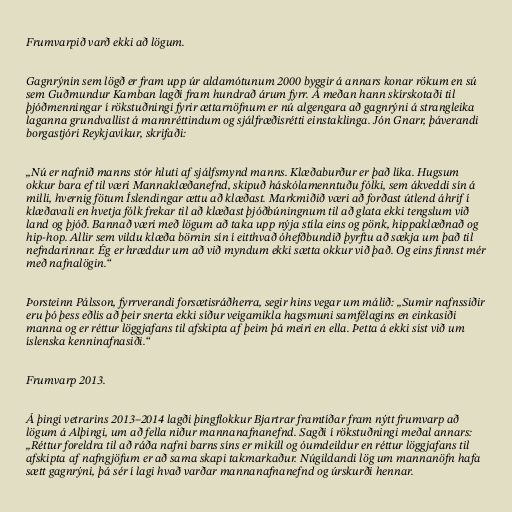
Frumvarpið varð ekki að lögum.

Gagnrýnin sem lögð er fram upp úr aldamótunum 2000 byggir á annars konar rökum en sú
sem Guðmundur Kamban lagði fram hundrað árum fyrr. Á meðan hann skírskotaði til
þjóðmenningar í rökstuðningi fyrir ættarnöfnum er nú algengara að gagnrýni á strangleika
laganna grundvallist á mannréttindum og sjálfræðisrétti einstaklinga. Jón Gnarr, þáverandi
borgastjóri Reykjavíkur, skrifaði:

„Nú er nafnið manns stór hluti af sjálfsmynd manns. Klæðaburður er það líka. Hugsum
okkur bara ef til væri Mannaklæðanefnd, skipuð háskólamenntuðu fólki, sem ákveddi sín á
milli, hvernig fötum Íslendingar ættu að klæðast. Markmiðið væri að forðast útlend áhrif í
klæðavali en hvetja fólk frekar til að klæðast þjóðbúningnum til að glata ekki tengslum við
land og þjóð. Bannað væri með lögum að taka upp nýja stíla eins og pönk, hippaklæðnað og
hip-hop. Allir sem vildu klæða börnin sín í eitthvað óhefðbundið þyrftu að sækja um það til
nefndarinnar. Ég er hræddur um að við myndum ekki sætta okkur við það. Og eins finnst mér
með nafnalögin.“

Þorsteinn Pálsson, fyrrverandi forsætisráðherra, segir hins vegar um málið: „Sumir nafnssiðir
eru þó þess eðlis að þeir snerta ekki síður veigamikla hagsmuni samfélagins en einkasiði
manna og er réttur löggjafans til afskipta af þeim þá meiri en ella. Þetta á ekki síst við um
íslenska kenninafnasiði.“

Frumvarp 2013.

Á þingi vetrarins 2013–2014 lagði þingflokkur Bjartrar framtíðar fram nýtt frumvarp að
lögum á Alþingi, um að fella niður mannanafnanefnd. Sagði í rökstuðningi meðal annars:
„Réttur foreldra til að ráða nafni barns síns er mikill og óumdeildur en réttur löggjafans til
afskipta af nafngjöfum er að sama skapi takmarkaður. Núgildandi lög um mannanöfn hafa
sætt gagnrýni, þá sér í lagi hvað varðar mannanafnanefnd og úrskurði hennar.